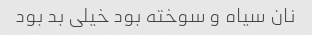
نان سیاه و سوخته بود خیلی بد بود